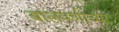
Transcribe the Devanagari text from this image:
बालपणीच्या